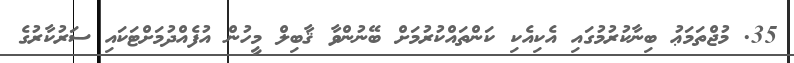
35. މުޖްތަމަޢު ބިނާކުރުމުގައި އެކިއެކި ކަންތައްކުރުމަށް ބޭނުންވާ ޤާބިލް މީހުން އުފެއްދުމަށްޓަކައި ސަރުކާރުގެ